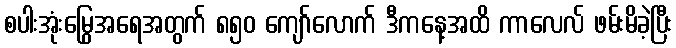
စပါးအုံးမြွေအရေအတွက် ၈၅၀ ကျော်လောက် ဒီကနေ့အထိ ကာလေလ် ဖမ်းမိခဲ့ပြီး